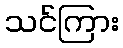
သင်ကြား